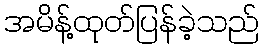
အမိန့်ထုတ်ပြန်ခဲ့သည်